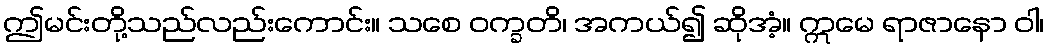
ဤမင်းတို့သည်လည်းကောင်း။ သစေ ဝက္ခတိ၊ အကယ်၍ ဆိုအံ့။ ဣမေ ရာဇာနော ဝါ၊